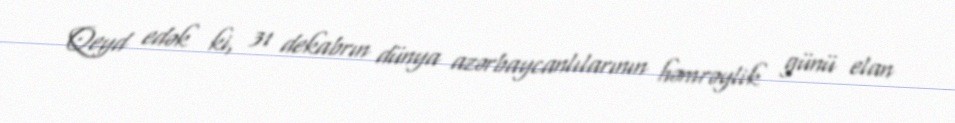
Qeyd edək ki, 31 dekabrın dünya azərbaycanlılarının həmrəylik günü elan